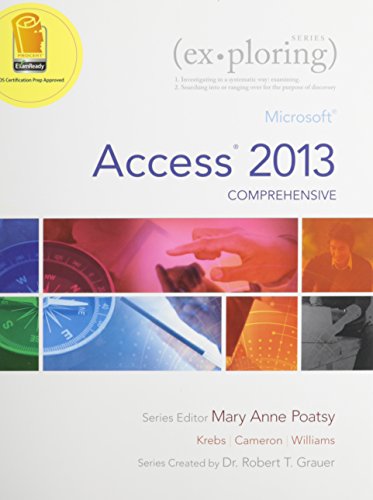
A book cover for Exploring: Microsoft Excel 2013, Comprehensive & Exploring: Microsoft Access 2013, Comprehensive &  MyITLab with Pearson eText -- Access Card -- for Exploring with Office 2013 Package; MaryAnne Poatsy; Computers & Technology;